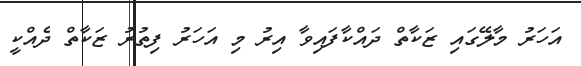
އަހަރު މާލޭގައި ޒަކާތް ދައްކާފައިވާ އިރު މި އަހަރު ފިތުރު ޒަކާތް ދެއްކީ